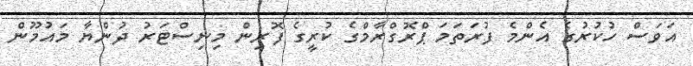
އަވަސް ހުކުރުގެ އެންމެ ފުރަތަމަ ޕްރޮގްރާމްގެ ކުރީގެ ފޮރިން މިނިސްޓަރު ދުންޔާ މައުމޫން